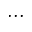
. . .